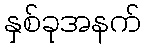
နှစ်ခုအနက်